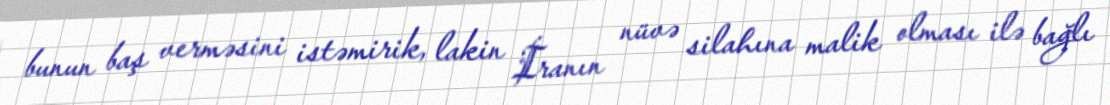
bunun baş verməsini istəmirik, lakin İranın nüvə silahına malik olması ilə bağlı